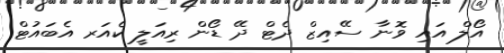
އޯލް އައި ވޮނާ ސޭއިޒް ދެޓް ދޭ ޑޯން ރިއަލީ ކެއަރ އެބައުޓް